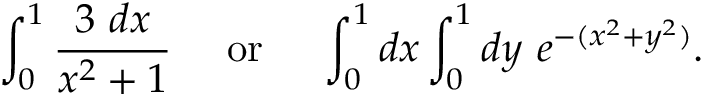
\int _ { 0 } ^ { 1 } { \frac { 3 \ d x } { x ^ { 2 } + 1 } } \quad { \mathrm { ~ o r ~ } } \quad \int _ { 0 } ^ { 1 } d x \int _ { 0 } ^ { 1 } d y \ e ^ { - ( x ^ { 2 } + y ^ { 2 } ) } .